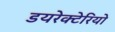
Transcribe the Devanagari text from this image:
डयरेक्टेरियो